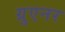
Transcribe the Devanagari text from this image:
ग्रुएनर